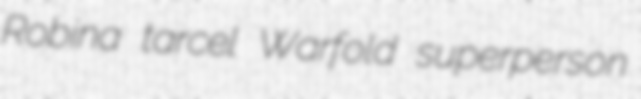
Robina tarcel Warfold superperson